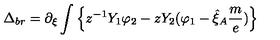
\Delta _ { b r } = \partial _ { \xi } \int \left\{ z ^ { - 1 } Y _ { 1 } \varphi _ { 2 } - z Y _ { 2 } ( \varphi _ { 1 } - \hat { \xi } _ { A } \frac { m } { e } ) \right\}